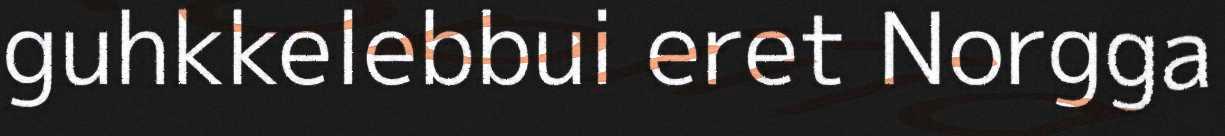
guhkkelebbui eret Norgga